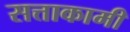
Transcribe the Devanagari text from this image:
सत्ताकामी